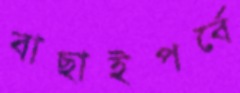
বাছাইপর্বে